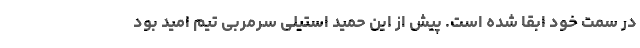
در سمت خود ابقا شده است. پیش از این حمید استیلی سرمربی تیم امید بود